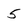
Character: 5